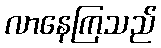
လာနေကြသည်